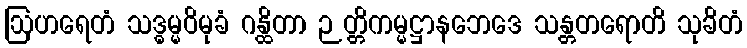
ဩဟရေတံ သဒ္ဓမ္မဝိမုခံ ဂန္ထိတာ ဉတ္တိကမ္မဋ္ဌာနဘေဒေ သန္တတရောတိ သုခိတံ